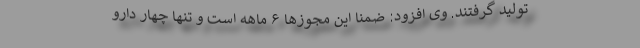
تولید گرفتند. وی افزود: ضمناً این مجوزها ۶ ماهه است و تنها چهار دارو